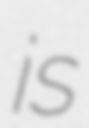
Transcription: is